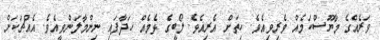
ވަރެއްގެ މާޔޫސްކަމެއް ވެރިވިއެވެ. ހިތަށް އެރިއެވެ. ލޯބީގެ ޅެމެއް ހަދާފައި ނިންމާލަންވީއެވެ. އެއްޗަކަށް